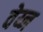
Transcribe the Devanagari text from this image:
वेय्न